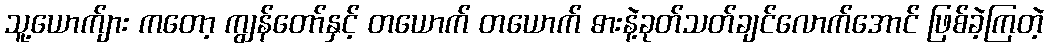
သူ့ယောက်ျား ကတော့ ကျွန်တော်နှင့် တယောက် တယောက် ဓားနဲ့ခုတ်သတ်ချင်လောက်အောင် ဖြစ်ခဲ့ကြတဲ့